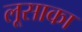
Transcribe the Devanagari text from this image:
लूसाका